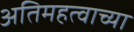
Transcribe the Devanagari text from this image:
अतिमहत्वाच्या